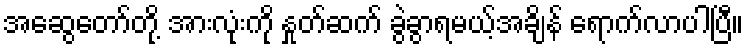
အဆွေတော်တို့ အားလုံးကို နှုတ်ဆက် ခွဲခွာရမယ့်အချိန် ရောက်လာပါပြီ။